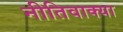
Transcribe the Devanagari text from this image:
नीतिवाक्या